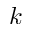
k